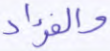
والفؤاد